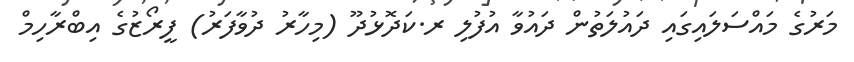
މަރުގެ މައްސަލައިގައި ދައުލަތުން ދައުވާ އުފުލި ރ.ކަދޮޅުދޫ (މިހާރު ދުވާފަރު) ފީރޯޒުގެ އިބްރާހިމް